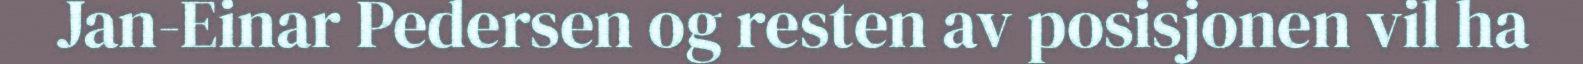
Jan-Einar Pedersen og resten av posisjonen vil ha